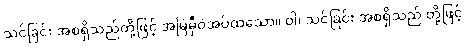
သင်ခြင်း အစရှိသည်တို့ဖြင့် အမြဲမှီဝဲအပ်ထသော။ ဝါ၊ သင်ခြင်း အစရှိသည် တို့ဖြင့်